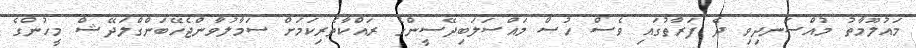
މައުލޫމާތު މުއްސަނދިވި ދެ ފަރާތުގައި ވެސް ހުސް މައްސަލަބިދޭސީންގެ ރައްކާތެރިކަމަށް ސަމާލުވާންޖެހޭބަންގްލަދޭޝް މީހުންގެ